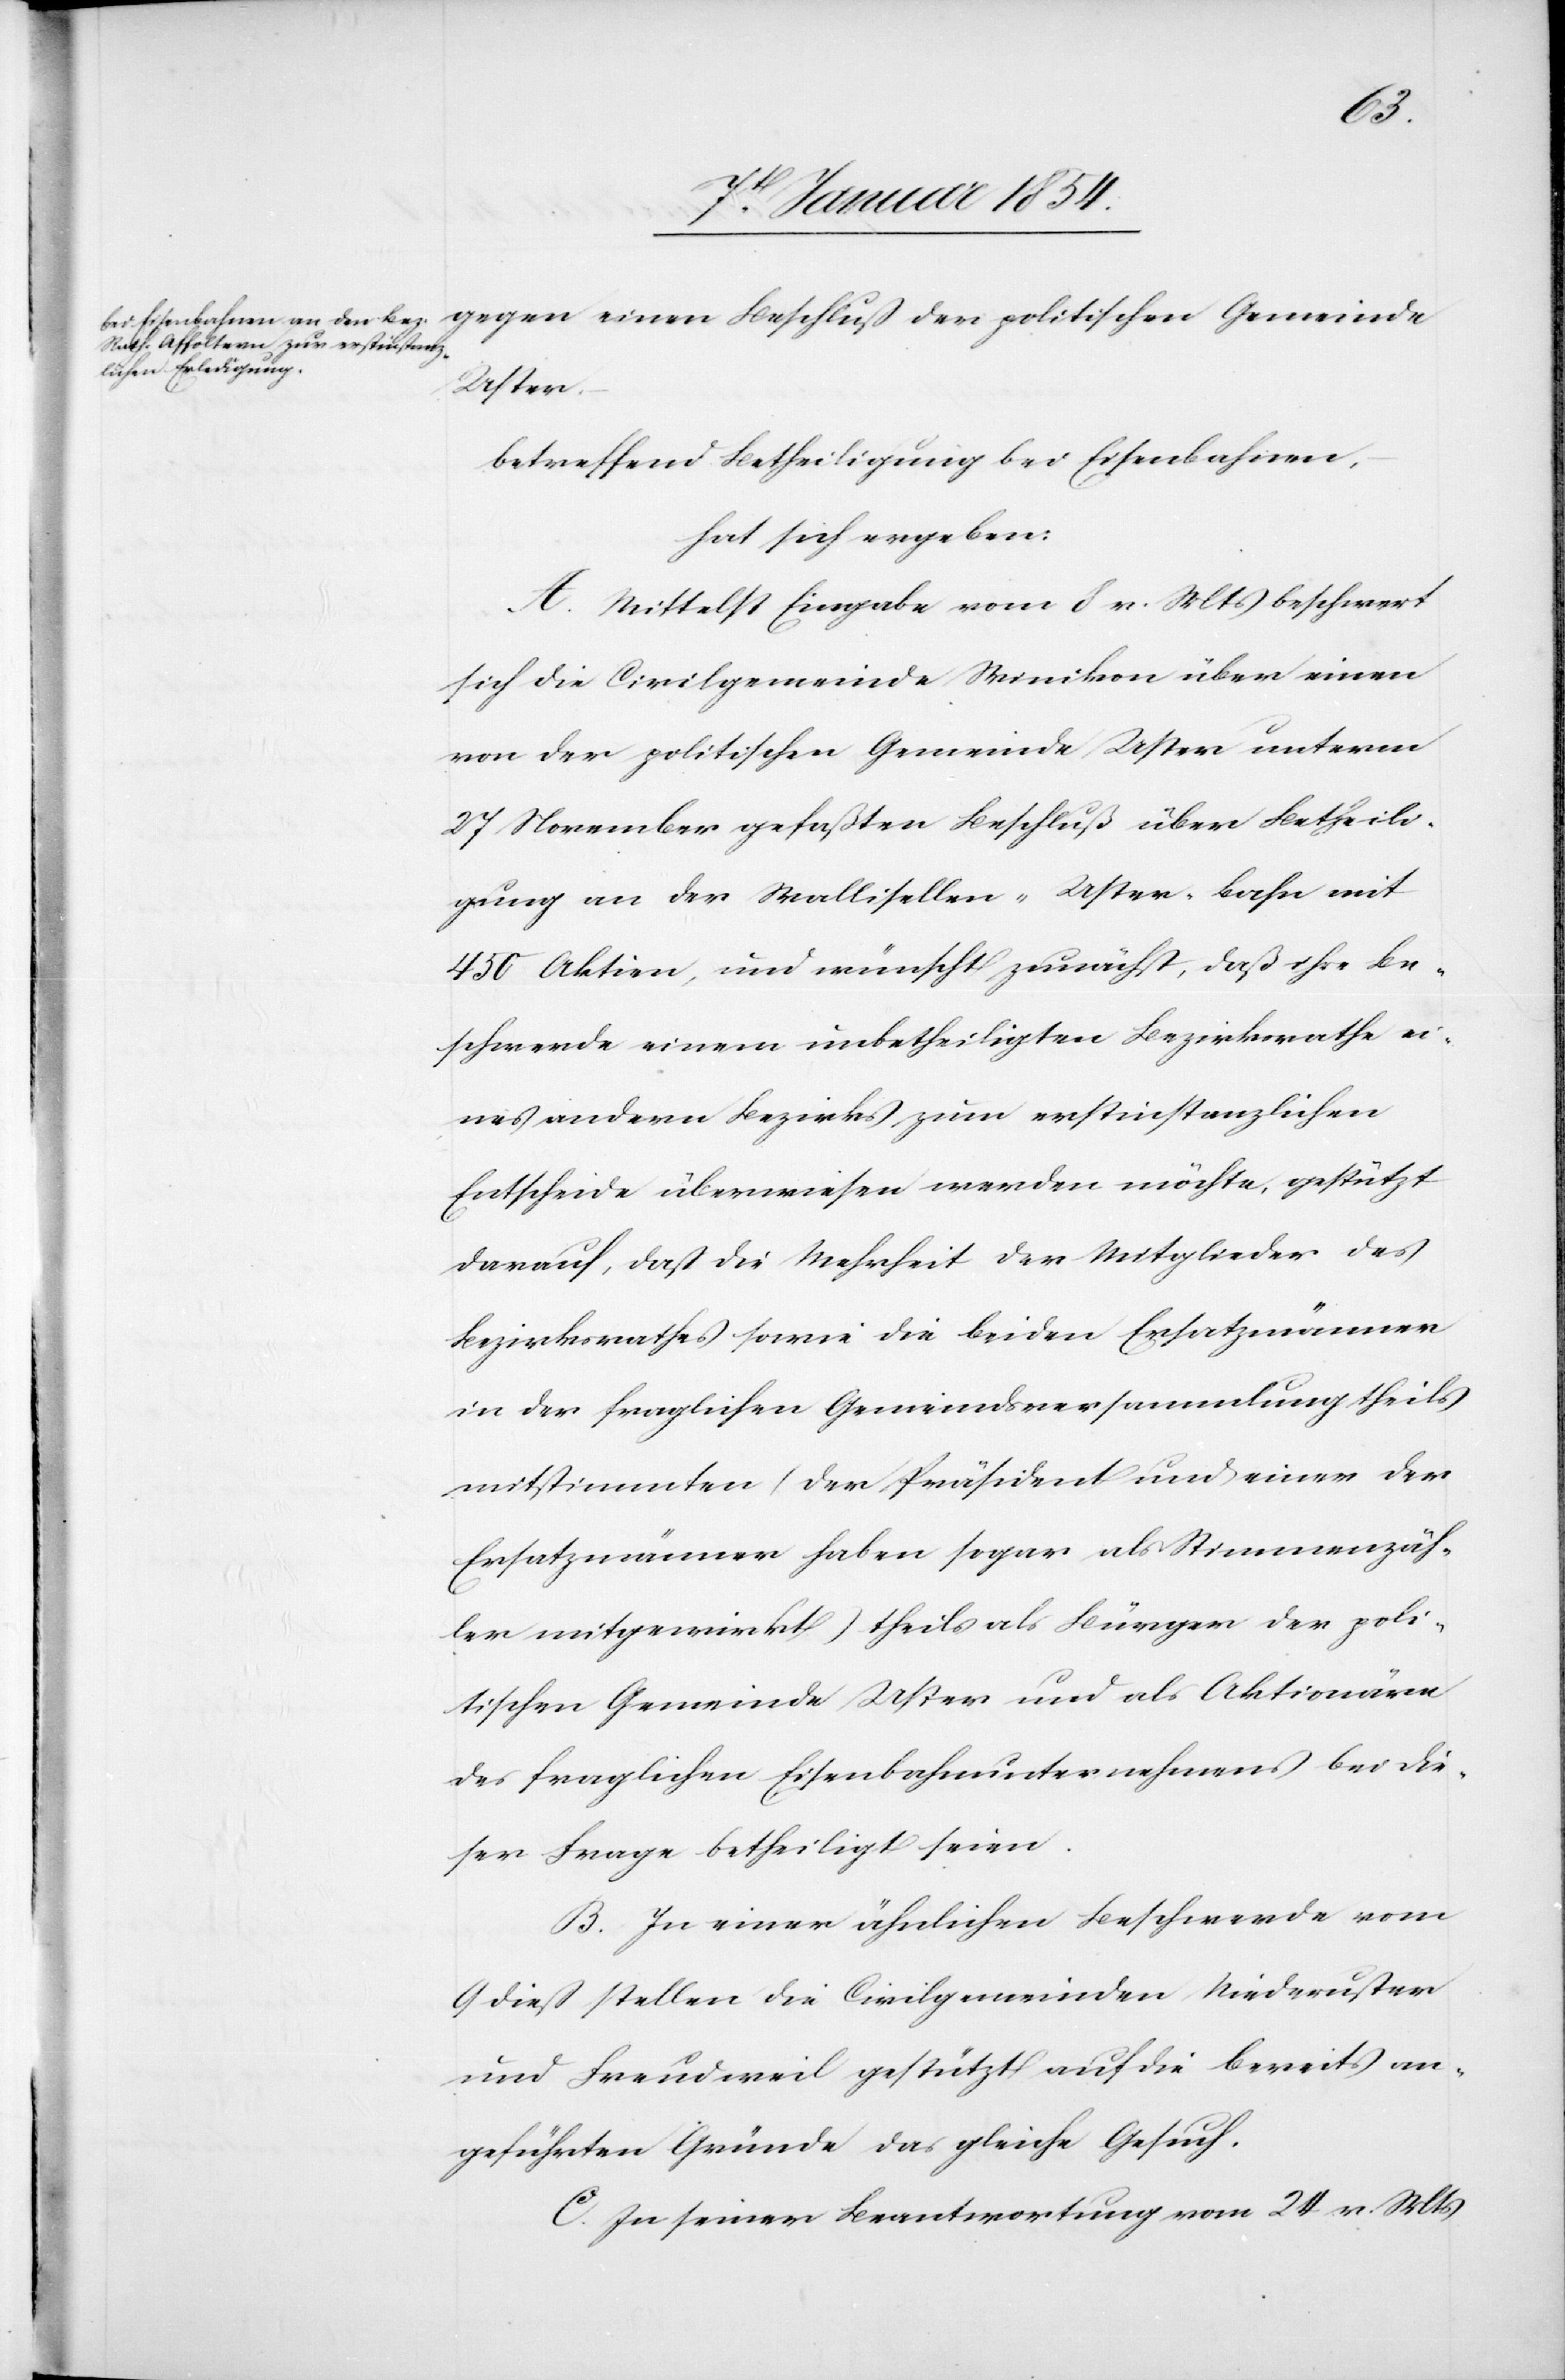
lichen Erledigung

mlung
gegen den Beschluß der politischen Gemeindsve¬
erstinstanz¬
betreffend Betheiligung bei Eisenbahnen,
hat sich ergeben:
A. Mittelst Eingabe vom 8 v. Mts beschwert
sich die Civilgemeinde Winikon über einen
von der politischen Gemeinde Uster unterm
27 November gefaßten Beschluß über Betheili¬
gung an der Wallisellen-Uster-Bahn mit
450 Aktien, und wünscht zunächst, daß ihre Be¬
schwerde einem unbetheiligten Bezirksrathe ei¬
nes anderen Bezirks zum erstinstanzlichen
Entscheide überwiesen werden möchte, gestützt
darauf, daß die Mehrheit der Mitglieder des
Bezirksrathes sowie die beiden Ersatzmänner
in der fraglichen Gemeindsversammlung theils
mitstimmten (der Präsident und einer der
Ersatzmänner haben sogar als Stimmenzäh¬
ler mitgewirkt) theils als Bürger der poli¬
tischen Gemeinde Uster und als Aktionäre
des fraglichen Eisenbahnunternehmens bei die¬
ser Frage betheiligt seien.
B. In einer ähnlichen Beschwerde vom
9 dieß stellen die Civilgemeinden Niederuster
und Freudweil gestützt auf die bereits an¬
geführten Gründe das gleiche Gesuch.
C. Zu seiner Beantwortung vom 24 v. Mts.